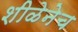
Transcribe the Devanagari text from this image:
शीळेनेच